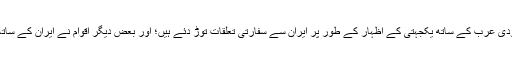
کئی عرب ممالک نے بھی سعودی عرب کے ساتھ یکجہتی کے اظہار کے طور پر ایران سے سفارتی تعلقات توڑ دئے ہیں؛ اور بعض دیگر اقوام نے ایران کے ساتھ تعلقات کی سطح گھٹا دی ہے۔